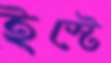
ইস্টে